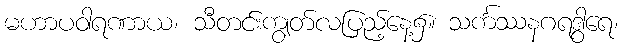
မဟာပဝါရဏာယ၊ သီတင်းကျွတ်လပြည့်နေ့၌။ သင်္ကဿနဂရဒွါရေ၊